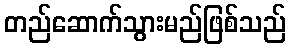
တည်ဆောက်သွားမည်ဖြစ်သည်